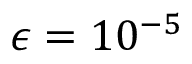
\epsilon = 1 0 ^ { - 5 }